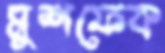
মুশফেক